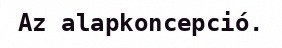
Az alapkoncepció.